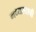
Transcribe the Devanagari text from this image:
मध्यस्ताची